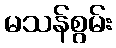
မသန်စွမ်း